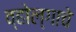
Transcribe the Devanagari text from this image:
व्होल्गाचे